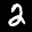
Label: 2